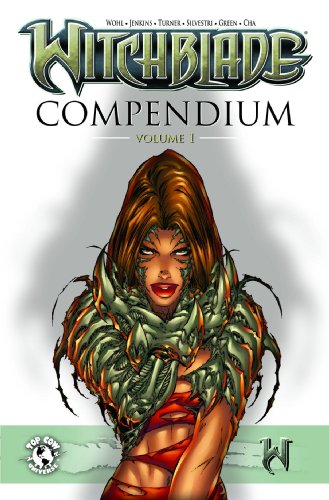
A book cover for Witchblade Compendium Volume I; Science Fiction & Fantasy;